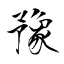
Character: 豫